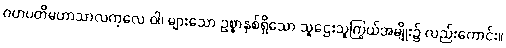
ဂဟပတိမဟာသာလကုလေ ဝါ၊ များသော ဥစ္စာနှစ်ရှိသော သူဌေးသူကြွယ်အမျိုး၌ လည်းကောင်း။